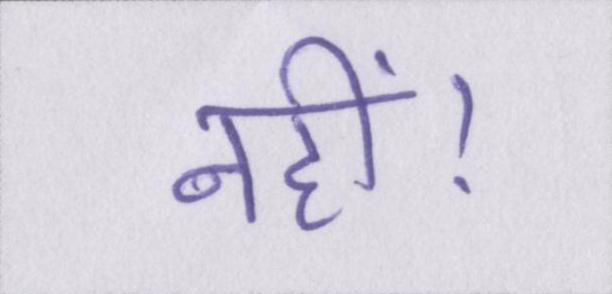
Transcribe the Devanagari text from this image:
नहीं।